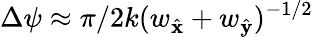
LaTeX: \Delta\psi\approx\pi/2k(w_{\hat{\mathbf{x}}}+w_{\hat{\mathbf{y}}})^{-1/2}